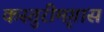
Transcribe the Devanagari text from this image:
कस्तुरीमृगास